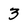
Character: 3